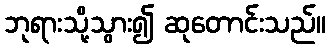
ဘုရားသို့သွား၍ ဆုတောင်းသည်။